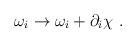
LaTeX: \begin{align*}\omega_i \rightarrow \omega_i + \partial_i \chi \ .\end{align*}